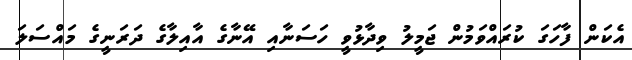
އެކަން ފާހަގަ ކުރައްވަމުން ޖަމީލު ވިދާޅުވީ ހަސަނާއި އޭނާގެ އާއިލާގެ ދަރަނީގެ މައްސަލަ